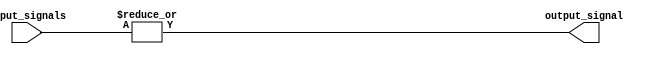
module OR_gate (
    input [15:0] input_signals,
    output reg output_signal
);

always @* begin
    output_signal = |input_signals; // Perform logical OR operation on all input signals
end

endmodule